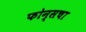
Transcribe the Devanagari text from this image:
फोन्सचा